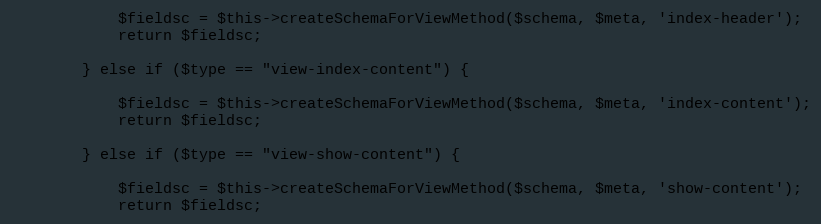
Language: PHP
            $fieldsc = $this->createSchemaForViewMethod($schema, $meta, 'index-header');
            return $fieldsc;

        } else if ($type == "view-index-content") {

            $fieldsc = $this->createSchemaForViewMethod($schema, $meta, 'index-content');
            return $fieldsc;

        } else if ($type == "view-show-content") {

            $fieldsc = $this->createSchemaForViewMethod($schema, $meta, 'show-content');
            return $fieldsc;